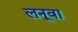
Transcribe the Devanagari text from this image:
लनूवा